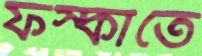
ফস্‌কাতে